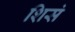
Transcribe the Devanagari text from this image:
शिसं